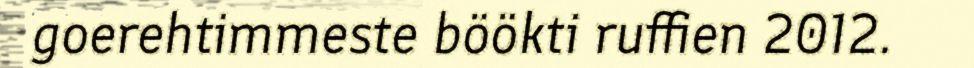
goerehtimmeste böökti ruffien 2012.